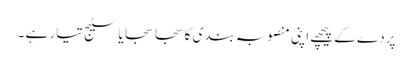
پردے کے پیچھے اپنی منصوبہ بندی کا سجا سجایا سٹیج تیار ہے ۔